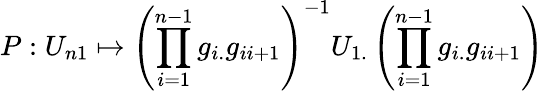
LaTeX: P:U_{n1}\mapsto\left(\prod_{i=1}^{n-1}g_{i.}g_{ii+1}\right)^{-1}U_{1.}\left(\prod_{i=1}^{n-1}g_{i.}g_{ii+1}\right)